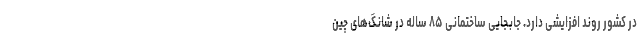
در کشور روند افزایشی دارد. جابجایی ساختمانی ۸۵ ساله در شانگ‌های چین